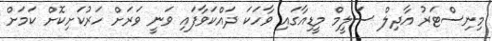
މިނިސްޓަރު އާދިލް ސަލީމް މީޑިއާގައި ވާހަކަ ދައްކަވާފައި ވަނީ ވަރަށް ހަރުކަށިކޮށް ކަމަށް